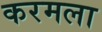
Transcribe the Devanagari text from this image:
करमला